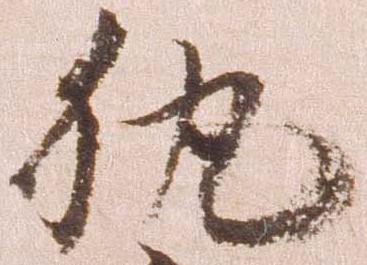
執